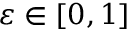
\varepsilon \in [ 0 , 1 ]